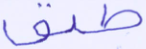
طبق